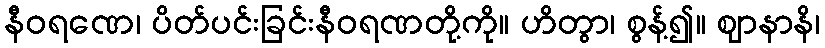
နီဝရဏေ၊ ပိတ်ပင်းခြင်းနီဝရဏတို့ကို။ ဟိတွာ၊ စွန့်၍။ ဈာနာနိ၊